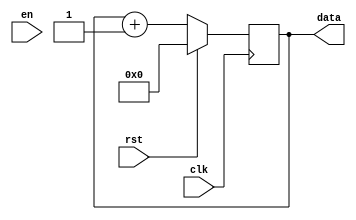
`timescale 1ns / 1ps
//////////////////////////////////////////////////////////////////////////////////
// Company: 
// Engineer: 
// 
// Design Name: 
// Module Name: counter2
// Project Name: 
// Target Devices: 
// Tool Versions: 
// Description: 
// 
// Dependencies: 
// 
// Revision:
// Revision 0.01 - File Created
// Additional Comments:
// 
//////////////////////////////////////////////////////////////////////////////////


module counter2(output reg [3:0] data,
               input clk,rst,en);

   always @(posedge clk)
    if(rst) data<=0;
    else
    data<=data+1;
   
   endmodule